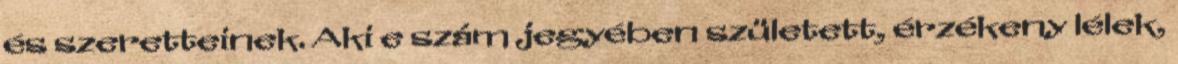
és szeretteinek. Aki e szám jegyében született, érzékeny lélek,